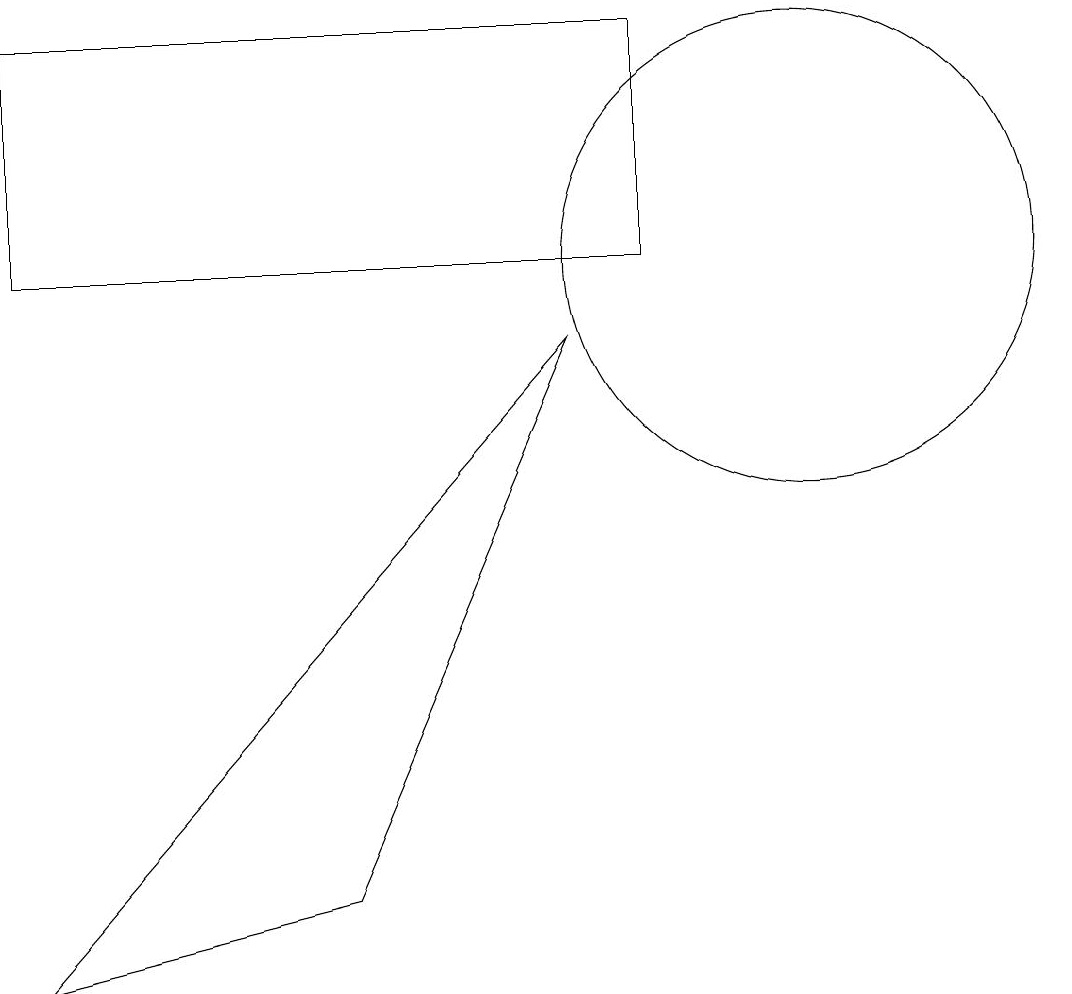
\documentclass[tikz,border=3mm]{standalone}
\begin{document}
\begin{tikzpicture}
\draw (9,13) rectangle (1,10);
\draw (11,10) circle (3);
\draw (5,2) -- (1,1) -- (8,9) -- cycle;
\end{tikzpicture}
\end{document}